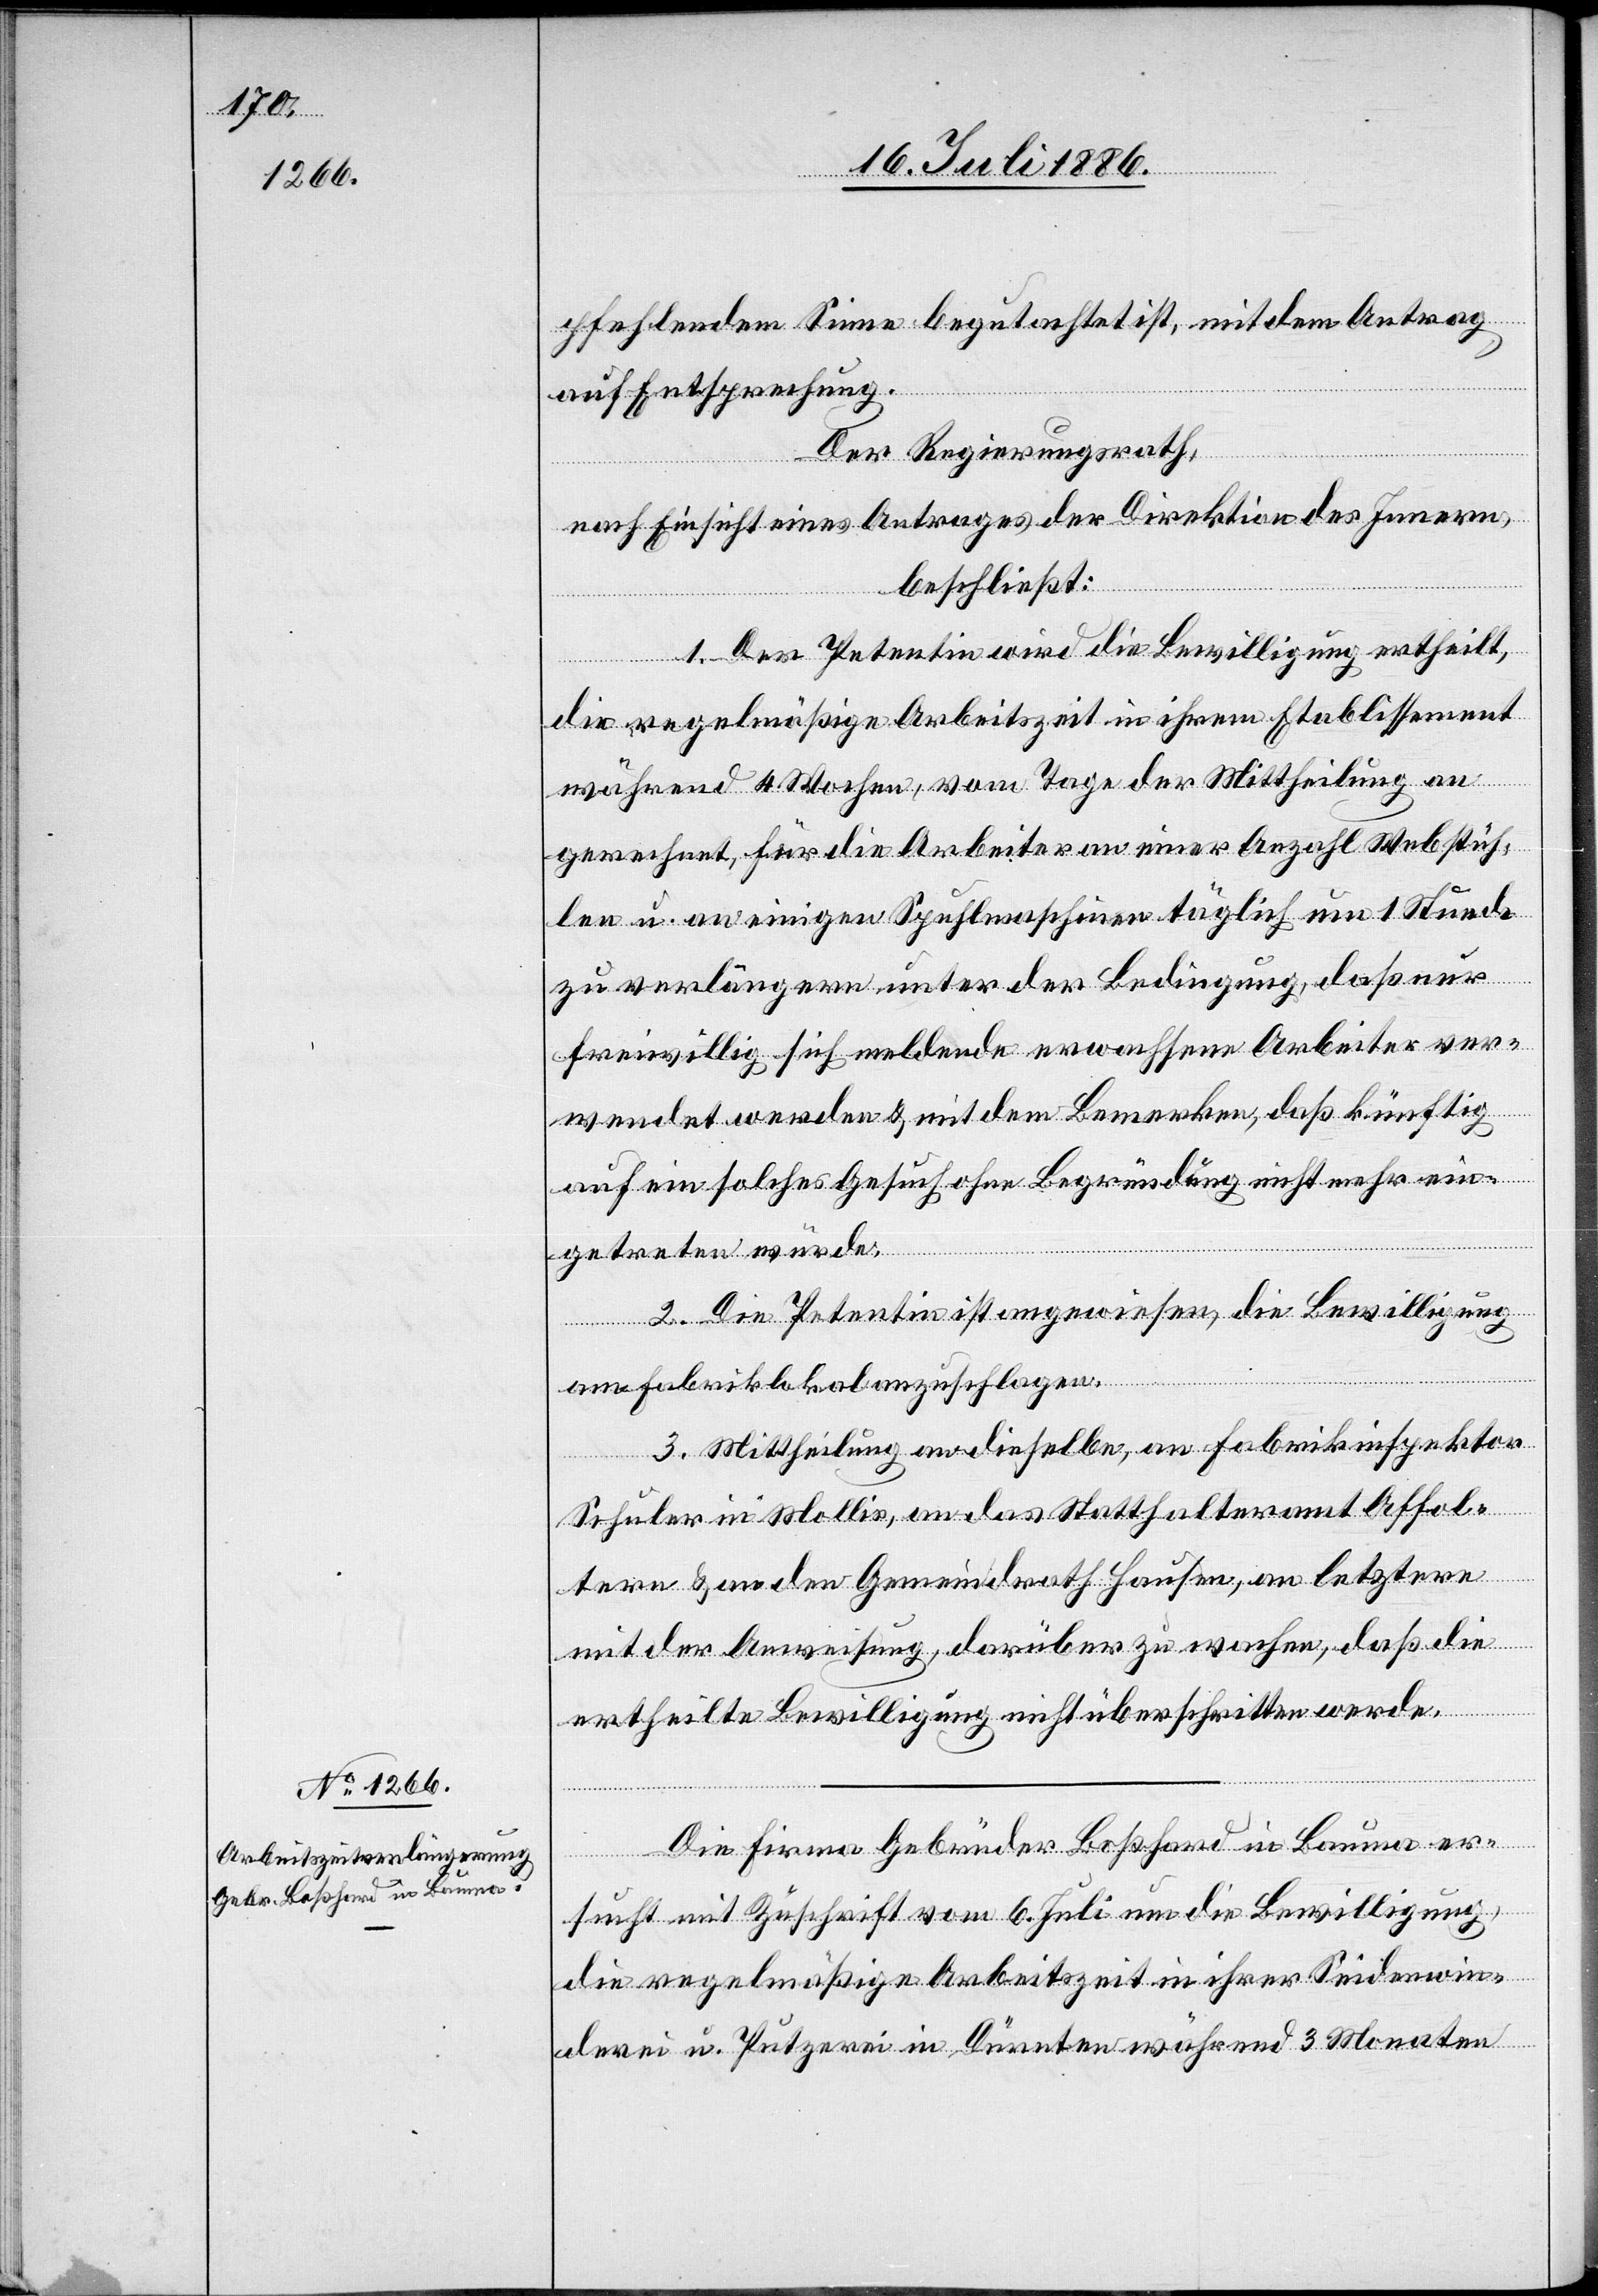
pfehlendem Sinne begutachtet ist, mit dem Antrag
auf Entsprechung.
Der Regierungsrath,
nach Einsicht eines Antrages der Direktion des Innern,
beschließt:
1. Der Petentin wird die Bewilligung ertheilt,
die regelmäßige Arbeitszeit in ihrem Etablissement
während 4 Wochen, vom Tage der Mittheilung an
gerechnet, für die Arbeiter an einer Anzahl Webstüh¬
len u. an einigen Spuhlmaschinen täglich um 1 Stunde
zu verlängern unter der Bedingung, daß nur
freiwillig sich meldende erwachsene Arbeiter ver¬
wendet werden & mit dem Bemerken, daß künftig
auf ein solches Gesuch ohne Begründung nicht mehr ein¬
getreten würde.
2. Die Petentin ist angewiesen, die Bewilligung
am Fabriklokal anzuschlagen.
3. Mittheilung an dieselbe, an Fabrikinspektor
Schuler, in Mollis, an das Statthalteramt Affol¬
tern & an den Gemeindrath Hausen, an letztere
mit der Anweisung, darüber zu wachen, daß die
ertheilte Bewilligung nicht überschritten werde.
Die Firma Gebrüder Boßhard in Bauma er¬
sucht mit Zuschrift vom 6. Juli um die Bewilligung,
die regelmäßige Arbeitszeit in ihrer Seidenwin¬
derei u. Putzerei in Dürnten während 3 Monaten